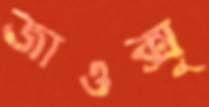
জাওক্সু